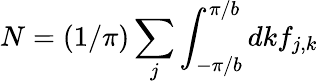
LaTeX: N=(1/\pi)\sum_{j}\int_{-\pi/b}^{\pi/b}dkf_{j,k}